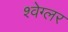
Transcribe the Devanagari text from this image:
श्वेग्लर